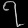
Digit: ၇